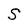
Character: S